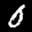
Label: 0